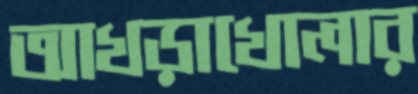
আখড়াখোলার